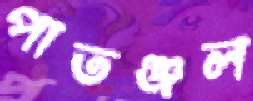
পাতঞ্জল